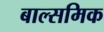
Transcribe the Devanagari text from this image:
बाल्समिक